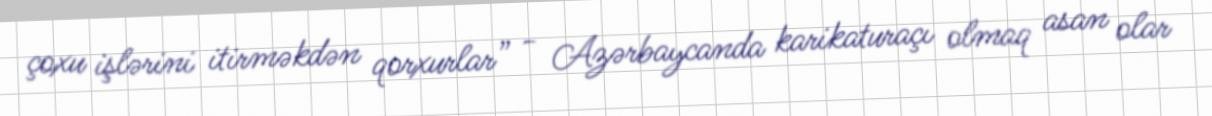
çoxu işlərini itirməkdən qorxurlar” - Azərbaycanda karikaturaçı olmaq asan olar